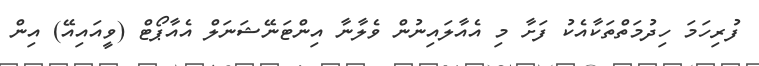
ފުރިހަމަ ހިދުމަތްތަކާއެކު ފަށާ މި އެއާލައިނުން ވެލާނާ އިންޓަނޭޝަނަލް އެއާޕޯޓް (ވީއައިއޭ) އިން